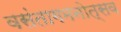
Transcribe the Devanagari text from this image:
वसंतागमनोत्सव